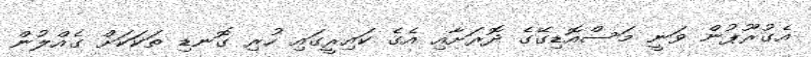
އެގުރޫޕުން ވަނީ މަސްއޮޑިގޭގެ ދޮރަށާއި އެގެ ކައިރީގައި ހުރި ގޮނޑި ތަކަކަށް ގެއްލުން